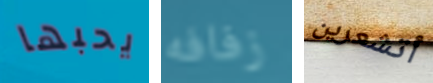
يحبها زفافه أتشعرين